Civil Veterinary Dept. Assam report 1911-1927 - 1911-1927
Year: 1911
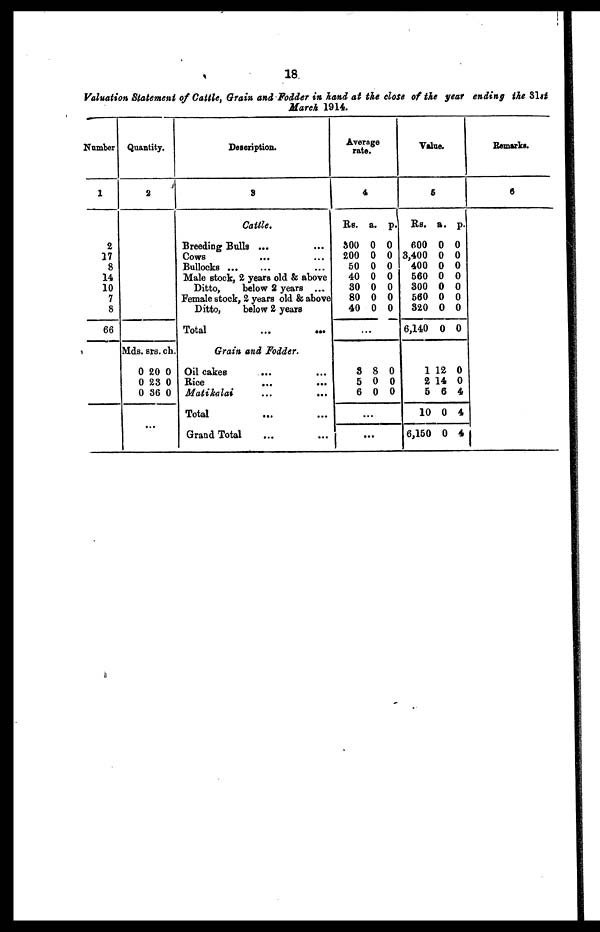
18
Valuation Statement of Cattle, Grain and Fodder in hand at the close
March 1914.
Number
1
2
17
8
14
10
7
8
66
Quantity.
2
Mds. srs. ch.
0 20 0
0 23 0
0 36 0
...
Description.
3
Cattle,
Breeding Bulls ...
Cows
Bullocks
Male stock, 2 years old & above
Ditto,
below 2 years ...
Female stock, 2 years old & above
Ditto,
below 2 years
Total ... ...
Grain and Fodder.
Oil cakes
...
Rice
...
...
Matikalai
...
...
Total ... ...
Grand Total ... ...
Aver
rat
age
e.
4
Rs.
300
200
50
40
3O
80
40
a.
0
0
0
0
0
0
0
p.
0
0
0
0
0
0
0
...
8
5
6
8
0
0
0
0
0
...
...
Val
ue.
5
Rs.
600
3,400
400
560
300
560
320
6,140
a.
0
0
0
0
0
0
0
0
p.
0
0
0
0
0
0
0
0
1
2
5
10
6,150
12
14
6
0
0
0
0
4
4
4
Remarks.
6